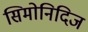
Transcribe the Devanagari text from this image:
सिमोनिदिज